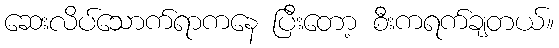
ဆေးလိပ်သောက်ရာကနေ ပြီးတော့ စီးကရက်ချတယ်။